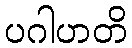
ပဂါဟတိ